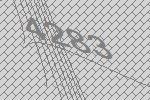
4283